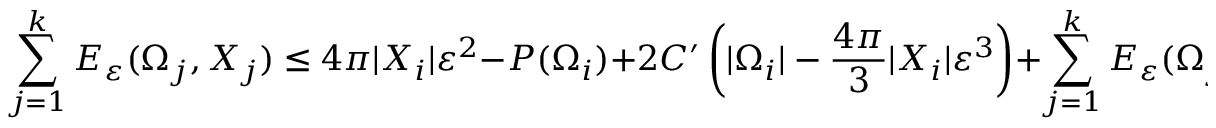
\sum _ { j = 1 } ^ { k } E _ { \varepsilon } ( \Omega _ { j } , X _ { j } ) \leq 4 \pi | X _ { i } | \varepsilon ^ { 2 } - P ( \Omega _ { i } ) + 2 C ^ { \prime } \left( | \Omega _ { i } | - \frac { 4 \pi } { 3 } | X _ { i } | \varepsilon ^ { 3 } \right) + \sum _ { j = 1 } ^ { k } E _ { \varepsilon } ( \Omega _ { j } , X _ { j } ) .